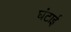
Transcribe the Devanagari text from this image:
घंटाई